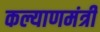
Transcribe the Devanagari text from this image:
कल्याणमंत्री